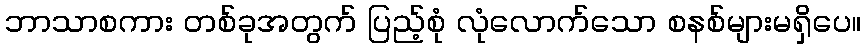
ဘာသာစကား တစ်ခုအတွက် ပြည့်စုံ လုံလောက်သော စနစ်များမရှိပေ။